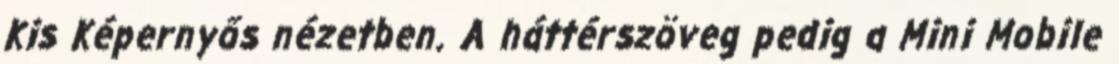
Kis Képernyős nézetben. A háttérszöveg pedig a Mini Mobile